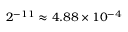
2 ^ { - 1 1 } \approx 4 . 8 8 \times 1 0 ^ { - 4 }